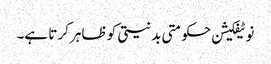
نوٹیفکیشن حکومتی بدنیتی کو ظاہر کرتا ہے۔